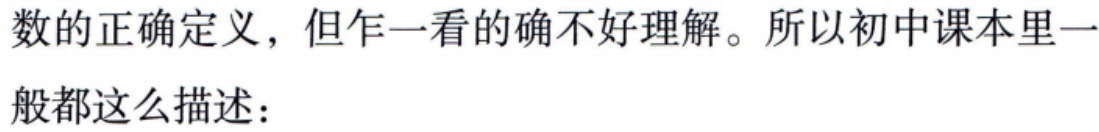
数的正确定义，但乍一看的确不好理解。所以初中课本里一般都这么描述：